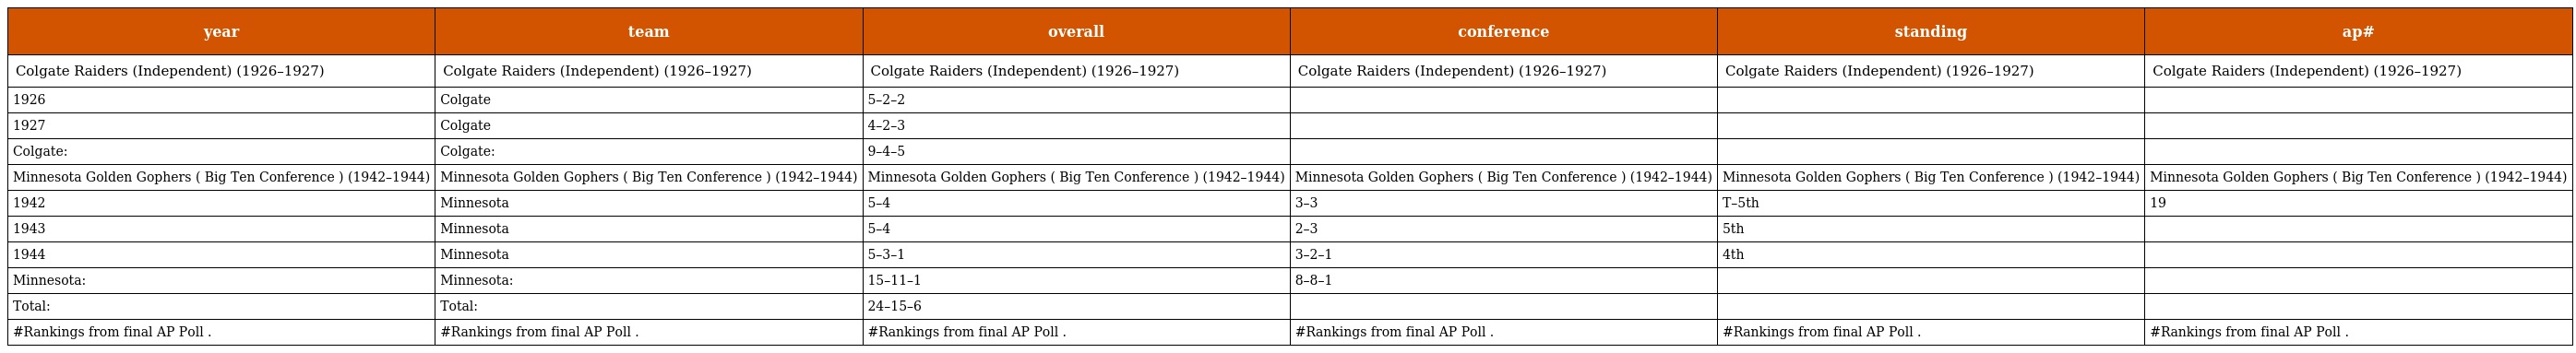
| year | team | overall | conference | standing | ap# |
 | --- | --- | --- | --- | --- | --- |
 | Colgate Raiders (Independent) (1926–1927) | Colgate Raiders (Independent) (1926–1927) | Colgate Raiders (Independent) (1926–1927) | Colgate Raiders (Independent) (1926–1927) | Colgate Raiders (Independent) (1926–1927) | Colgate Raiders (Independent) (1926–1927) |
 | 1926 | Colgate | 5–2–2 |  |  |  |
 | 1927 | Colgate | 4–2–3 |  |  |  |
 | Colgate: | Colgate: | 9–4–5 |  |  |  |
 | Minnesota Golden Gophers ( Big Ten Conference ) (1942–1944) | Minnesota Golden Gophers ( Big Ten Conference ) (1942–1944) | Minnesota Golden Gophers ( Big Ten Conference ) (1942–1944) | Minnesota Golden Gophers ( Big Ten Conference ) (1942–1944) | Minnesota Golden Gophers ( Big Ten Conference ) (1942–1944) | Minnesota Golden Gophers ( Big Ten Conference ) (1942–1944) |
 | 1942 | Minnesota | 5–4 | 3–3 | T–5th | 19 |
 | 1943 | Minnesota | 5–4 | 2–3 | 5th |  |
 | 1944 | Minnesota | 5–3–1 | 3–2–1 | 4th |  |
 | Minnesota: | Minnesota: | 15–11–1 | 8–8–1 |  |  |
 | Total: | Total: | 24–15–6 |  |  |  |
 | #Rankings from final AP Poll . | #Rankings from final AP Poll . | #Rankings from final AP Poll . | #Rankings from final AP Poll . | #Rankings from final AP Poll . | #Rankings from final AP Poll . |